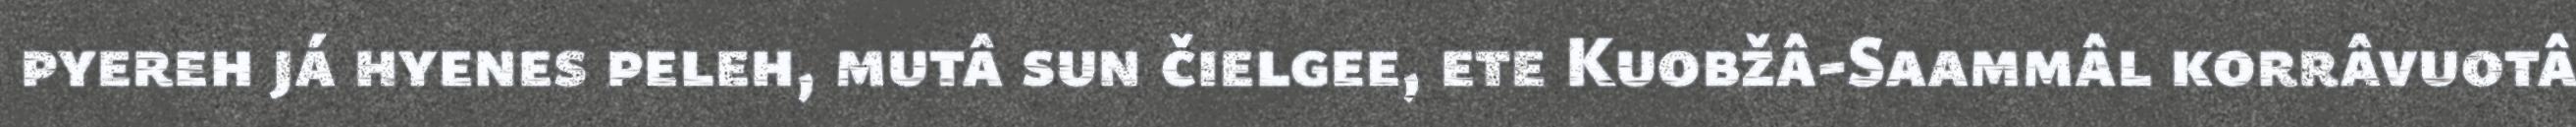
pyereh já hyenes peleh, mutâ sun čielgee, ete Kuobžâ-Saammâl korrâvuotâ